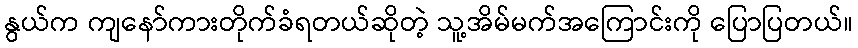
နွယ်က ကျနော်ကားတိုက်ခံရတယ်ဆိုတဲ့ သူ့အိမ်မက်အကြောင်းကို ပြောပြတယ်။